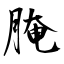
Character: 腌